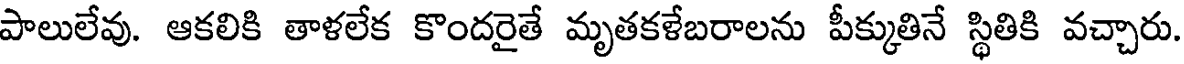
పాలులేవు. ఆకలికి తాళలేక కొందరైతే మృతకళేబరాలను పీక్కుతినే స్థితికి వచ్చారు.